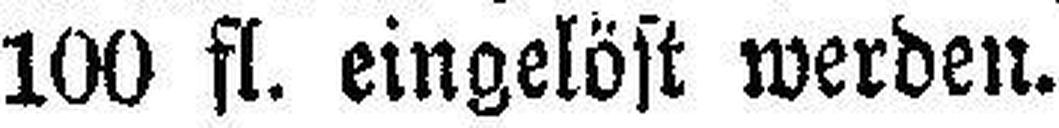
100 fl. eingelöst werden.